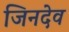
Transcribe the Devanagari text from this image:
जिनदेव